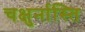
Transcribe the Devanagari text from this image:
चक्षुर्नास्ति